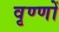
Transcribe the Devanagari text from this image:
वृण्णों